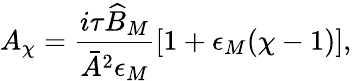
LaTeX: A_{\chi}=\frac{i\tau\widehat{B}_{M}}{\bar{A}^{2}\epsilon_{M}}\left[1+\epsilon_{M}(\chi-1)\right],